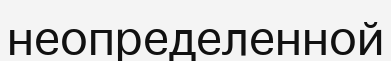
неопределенной